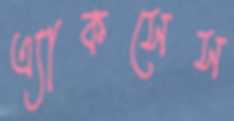
এ্যাকসেস